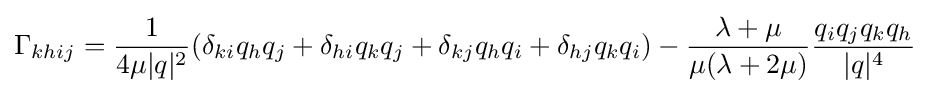
\Gamma _{khij}={\frac {1}{4\mu |q|^{2}}}(\delta _{ki}q_{h}q_{j}+\delta _{hi}q_{k}q_{j}+\delta _{kj}q_{h}q_{i}+\delta _{hj}q_{k}q_{i})-{\frac {\lambda +\mu }{\mu (\lambda +2\mu )}}{\frac {q_{i}q_{j}q_{k}q_{h}}{|q|^{4}}}